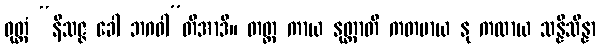
ဝုတ္တံ “နိသဇ္ဇ ခေါ ဘဂဝါ”တိအာဒိ။ တတ္ထ ကာယ နုတ္ထာတိ ကတမာယ နု ကထာယ သန္နိသိန္နာ